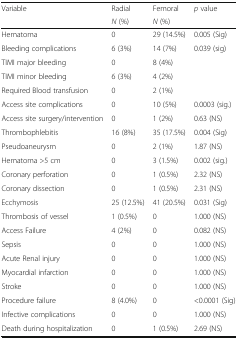
<table><thead><tr><td rowspan="2"><b>Variable</b></td><td><b>Radial</b></td><td><b>Femoral</b></td><td rowspan="2"><b><i>p</i> value</b></td></tr><tr><td><b><i>N</i> (%)</b></td><td><b><i>N</i> (%)</b></td></tr></thead><tbody><tr><td>Hematoma</td><td>0</td><td>29 (14.5%)</td><td>0.005 (Sig)</td></tr><tr><td>Bleeding complications</td><td>6 (3%)</td><td>14 (7%)</td><td rowspan="4">0.039 (sig)</td></tr><tr><td>TIMI major bleeding</td><td>0</td><td>8 (4%)</td></tr><tr><td>TIMI minor bleeding</td><td>6 (3%)</td><td>4 (2%)</td></tr><tr><td>Required Blood transfusion</td><td>0</td><td>2 (1%)</td></tr><tr><td>Access site complications</td><td>0</td><td>10 (5%)</td><td>0.0003 (sig.)</td></tr><tr><td>Access site surgery/intervention</td><td>0</td><td>1 (2%)</td><td>0.63 (NS)</td></tr><tr><td>Thrombophlebitis</td><td>16 (8%)</td><td>35 (17.5%)</td><td>0.004 (Sig)</td></tr><tr><td>Pseudoaneurysm</td><td>0</td><td>2 (1%)</td><td>1.87 (NS)</td></tr><tr><td>Hematoma &gt;5 cm</td><td>0</td><td>3 (1.5%)</td><td>0.002 (sig.)</td></tr><tr><td>Coronary perforation</td><td>0</td><td>1 (0.5%)</td><td>2.32 (NS)</td></tr><tr><td>Coronary dissection</td><td>0</td><td>1 (0.5%)</td><td>2.31 (NS)</td></tr><tr><td>Ecchymosis</td><td>25 (12.5%)</td><td>41 (20.5%)</td><td>0.031 (Sig)</td></tr><tr><td>Thrombosis of vessel</td><td>1 (0.5%)</td><td>0</td><td>1.000 (NS)</td></tr><tr><td>Access Failure</td><td>4 (2%)</td><td>0</td><td>0.082 (NS)</td></tr><tr><td>Sepsis</td><td>0</td><td>0</td><td>1.000 (NS)</td></tr><tr><td>Acute Renal injury</td><td>0</td><td>0</td><td>1.000 (NS)</td></tr><tr><td>Myocardial infarction</td><td>0</td><td>0</td><td>1.000 (NS)</td></tr><tr><td>Stroke</td><td>0</td><td>0</td><td>1.000 (NS)</td></tr><tr><td>Procedure failure</td><td>8 (4.0%)</td><td>0</td><td>&lt;0.0001 (Sig)</td></tr><tr><td>Infective complications</td><td>0</td><td>0</td><td>1.000 (NS)</td></tr><tr><td>Death during hospitalization</td><td>0</td><td>1 (0.5%)</td><td>2.69 (NS)</td></tr></tbody></table>